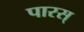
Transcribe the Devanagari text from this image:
पारस्